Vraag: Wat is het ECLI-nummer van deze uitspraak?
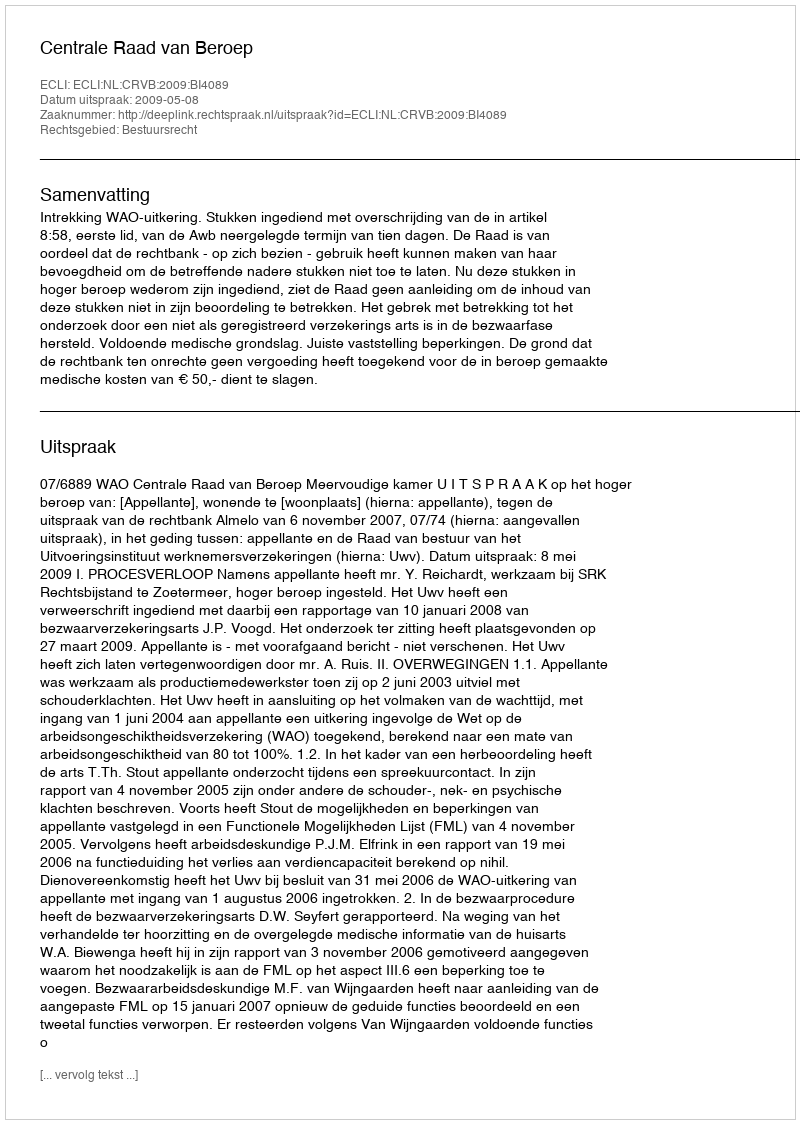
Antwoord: ECLI:NL:CRVB:2009:BI4089